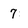
Character: 7